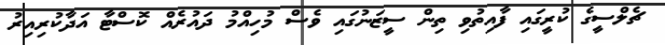
ޗެލްސީގެ ކުރީގައި ފާއިތުވި ތިން ސީޒަނުގައި ވެސް މުހިއްމު ދައުރެއް ކޮސްޓާ އަދާކުރިއިރު